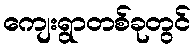
ကျေးရွာတစ်ခုတွင်